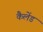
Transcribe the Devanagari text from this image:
कैलेंड